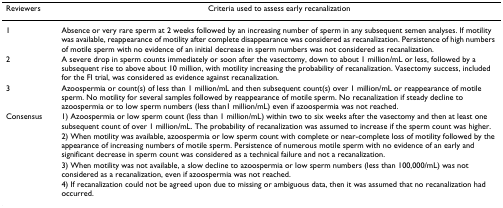
| Reviewers | Criteria used to assess early recanalization |
 | --- | --- |
 | 1 | Absence or very rare sperm at 2 weeks followed by an increasing number of sperm in any subsequent semen analyses. If motility was available, reappearance of motility after complete disappearance was considered as recanalization. Persistence of high numbers of motile sperm with no evidence of an initial decrease in sperm numbers was not considered as recanalization. |
 | 2 | A severe drop in sperm counts immediately or soon after the vasectomy, down to about 1 million/mL or less, followed by a subsequent rise to above about 10 million, with motility increasing the probability of recanalization. Vasectomy success, included for the FI trial, was considered as evidence against recanalization. |
 | 3 | Azoospermia or count(s) of less than 1 million/mL and then subsequent count(s) over 1 million/mL or reappearance of motile sperm. No motility for several samples followed by reappearance of motile sperm. No recanalization if steady decline to azoospermia or to low sperm numbers (less than1 million/mL) even if azoospermia was not reached. |
 | Consensus | 1) Azoospermia or low sperm count (less than 1 million/mL) within two to six weeks after the vasectomy and then at least one subsequent count of over 1 million/mL. The probability of recanalization was assumed to increase if the sperm count was higher. |
 |  | 2) When motility was available, azoospermia or low sperm count with complete or near-complete loss of motility followed by the appearance of increasing numbers of motile sperm. Persistence of numerous motile sperm with no evidence of an early and significant decrease in sperm count was considered as a technical failure and not a recanalization. |
 |  | 3) When motility was not available, a slow decline to azoospermia or low sperm numbers (less than 100,000/mL) was not considered as a recanalization, even if azoospermia was not reached. |
 |  | 4) If recanalization could not be agreed upon due to missing or ambiguous data, then it was assumed that no recanalization had occurred. |